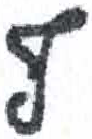
אות: ף